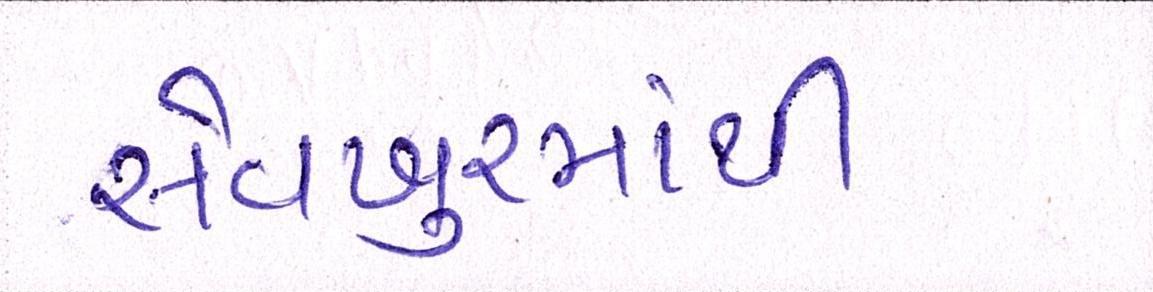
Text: સેવખુરમાંથી